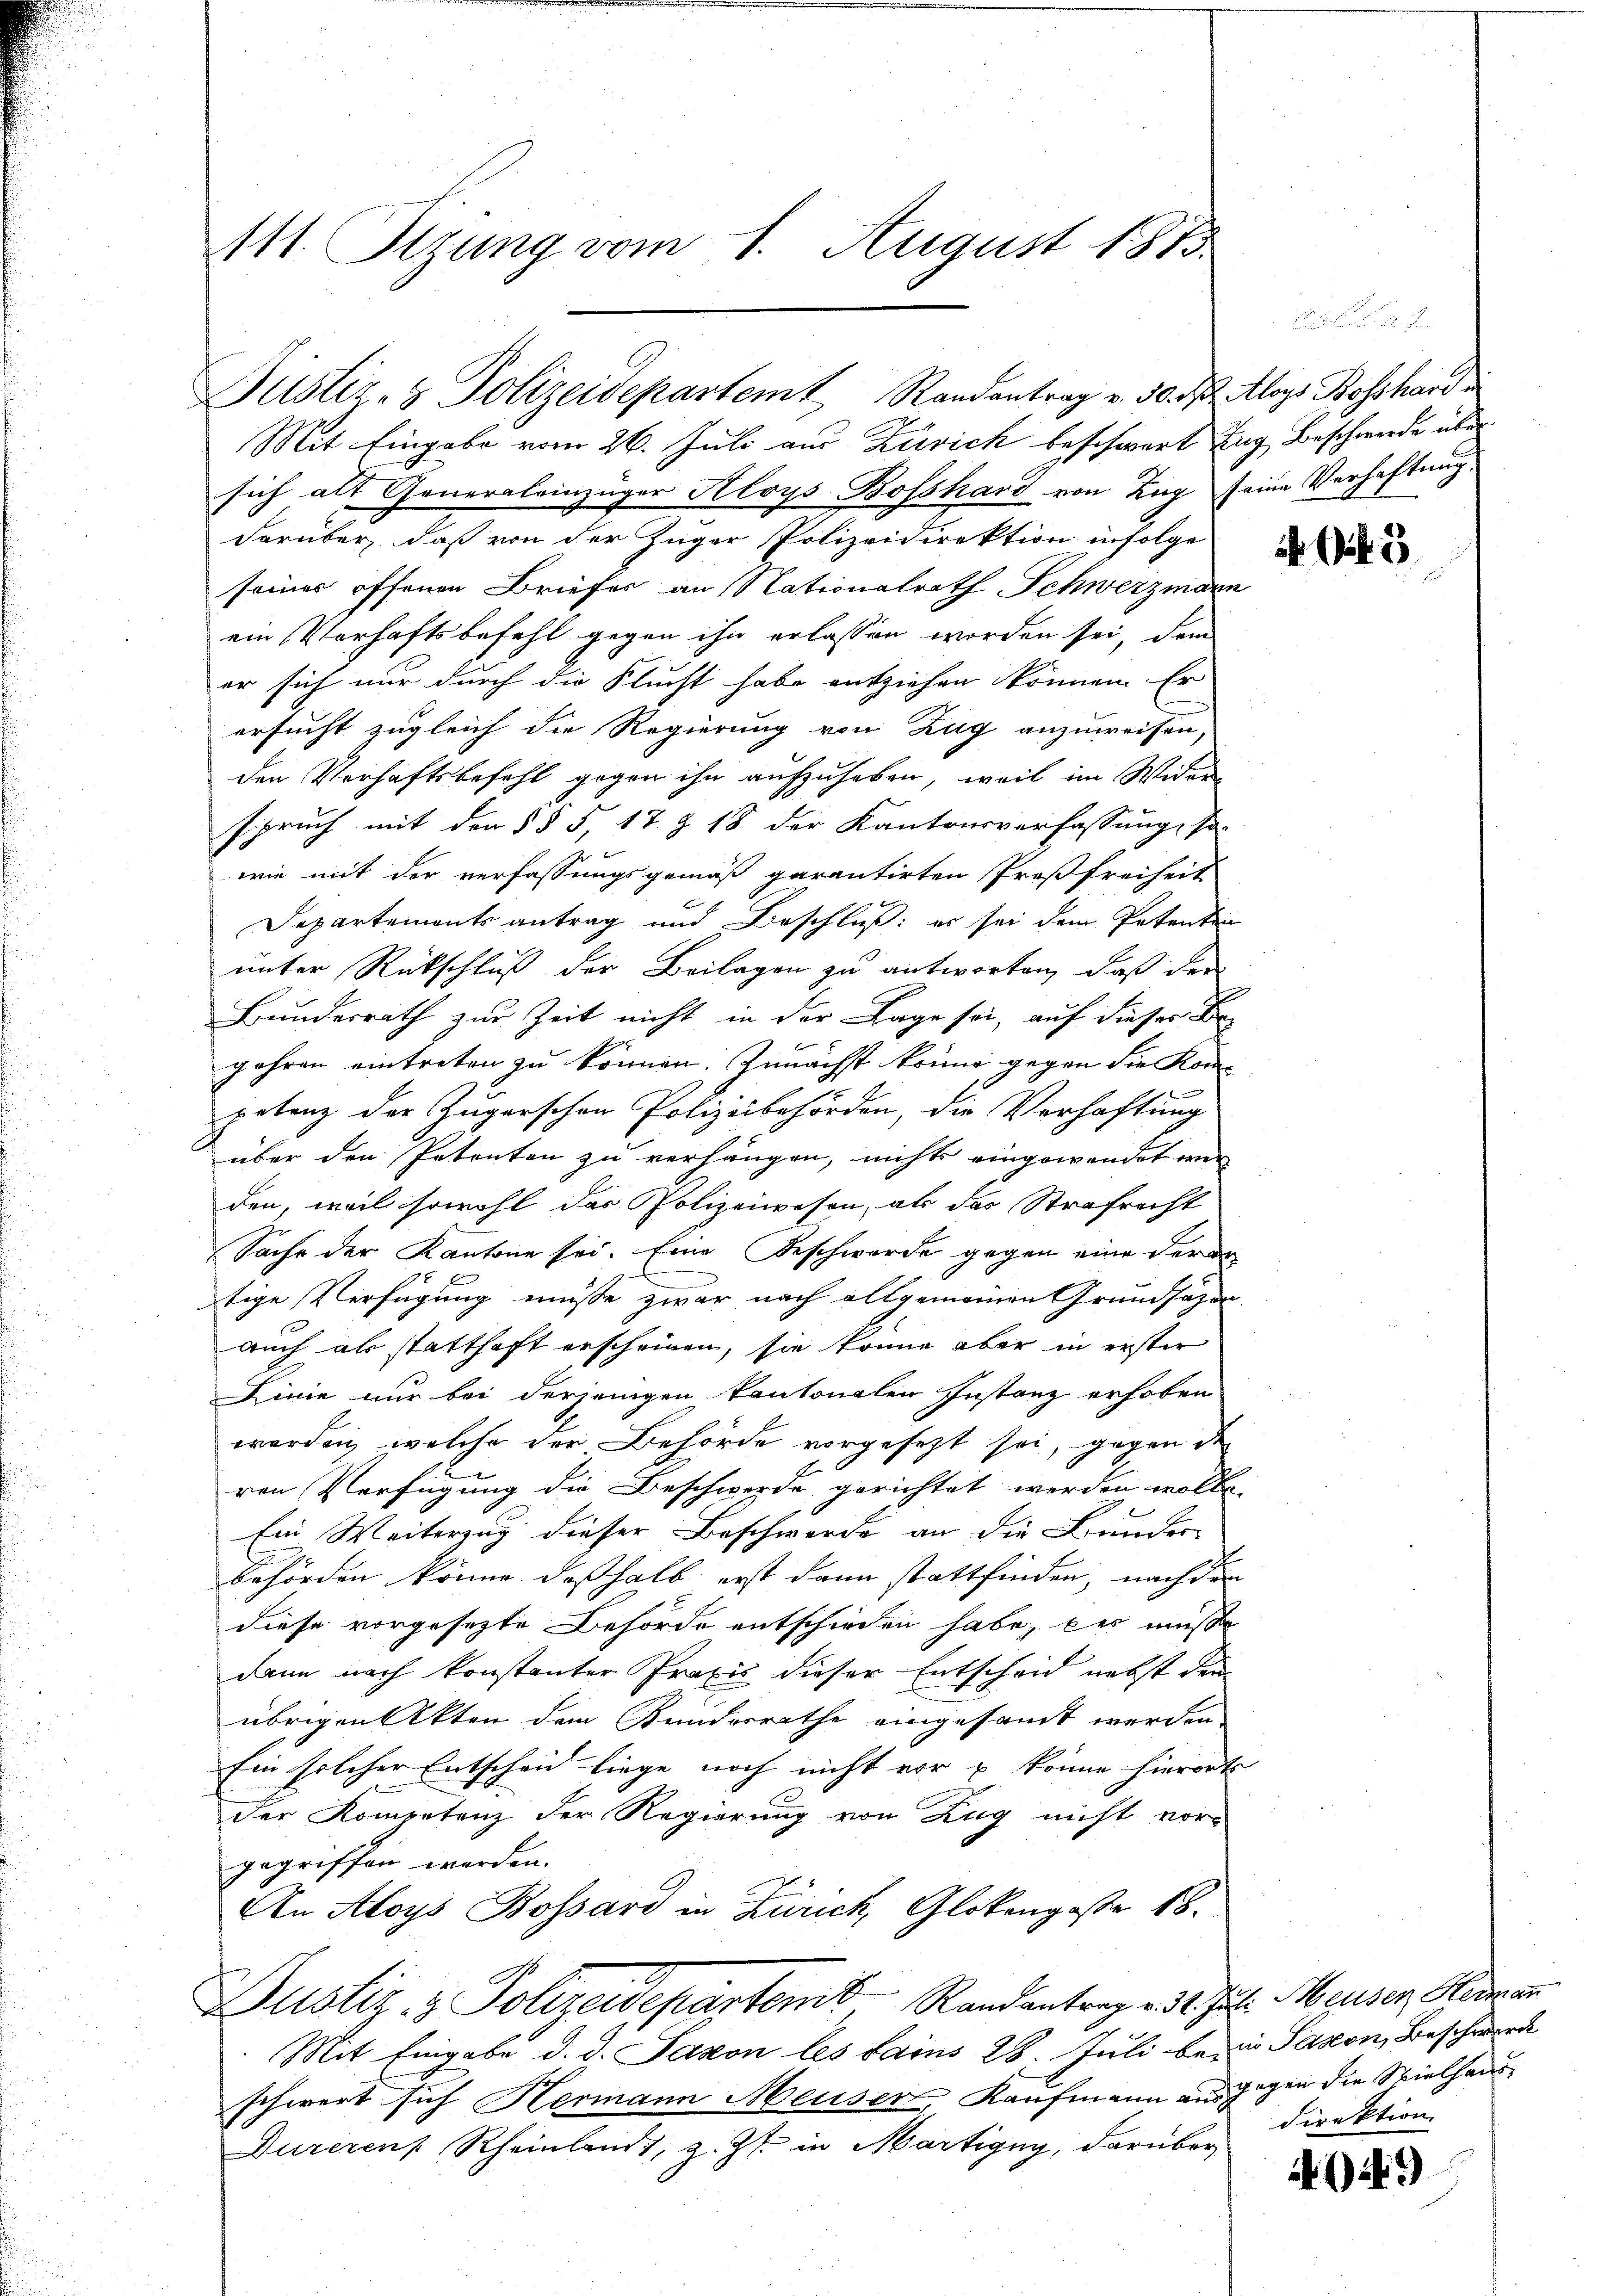
111. Sizung vom 1. August 1873.

Justiz- & Polizeidepartemt, Randantrag v. 30. d. Aloys Bossard i
Mit Eingabe vom 26. Juli aus Zürich beschwert Tag, Beschwerde über

sich alt Generaleinzüger Aloys Bosshard von Zug seine Verhaftung,
darüber, daß von der Zuger Polizeidirektion infolge
seines offenen Briefer an Nationalrath Schwerzmann
ein Verhaftsbefehl gegen ihn erlassen worden sei, dem
er sich nur durch die Flucht habe entziehen können. Er
ersucht zugleich die Regierung von Zug anzuweisen,
den Verhaftsbefehl gegen ihn aufzuheben, weil im Widerspruch mit den § § 5, 17. § 18 der Kantonsverfassung, so-
wie mit der verfassungsgemäß garantirten Proßfreiheit
Departements antrag und Beschluß: es sei dem Petenten
unter Rückschluß der Beilagen zu antworten, daß der
Bundesrath zur Zeit nicht in der Lage sei, auf dieser Br
gehren eintreten zu können. Zunächst könne gegen die Kon-
petenz der Zugerschen Polizeibehörden, die Verhaftung
über den Petenten zu verhängen, nichts eingewendet wer
den, weil sowohl das Polizeiwesen, als das Strafrecht
Sache der Kantone sei. Eine Beschwerde gegen eine der er
tige Verfügung müsse zwar nach allgemeinen Grundsätzen
auch als statthaft erscheinen, sie könne aber in erster
Linie nur bei derjenigen kantonalen Instanz erhoben
worden, welche der Behörde vorgesetzt sei, gegen der
ren Verfügung die Beschwerde gerichtet werden wolle.
Ein Weiterung dieser Beschwerde an die Bunder
behörden könne deßhalb erst dann stattfinden, nach dem
diese vorgesezte Behörde entschieden habe, bei müsse
dann nach konstanter Praxis dieser Entscheid nebst den
übrigen Akten dem Bundesrathe eingesamt werden
Ein solcher Entschein liege noch nicht vor u könne hierorts
der Kompetenz der Regierung von Zug nicht vorgegriffen werden.
An Aloys Bossard in Zürich, Glokengeste 18.

Dustiz- & Polizeidepartem, Randentrage de Jul. Meiser Herren

Mit Eingabe d. d. Saxon les sains 28. Juli be-
schwert sich Hermann Meuser, Kaufmann aus¬
Dureren Rheinland, z. Zt. in Martigny, darüber

3

in Saxon, Beschwere
gegen die Spielhaus
direktion

44.)